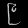
Digit: ၉